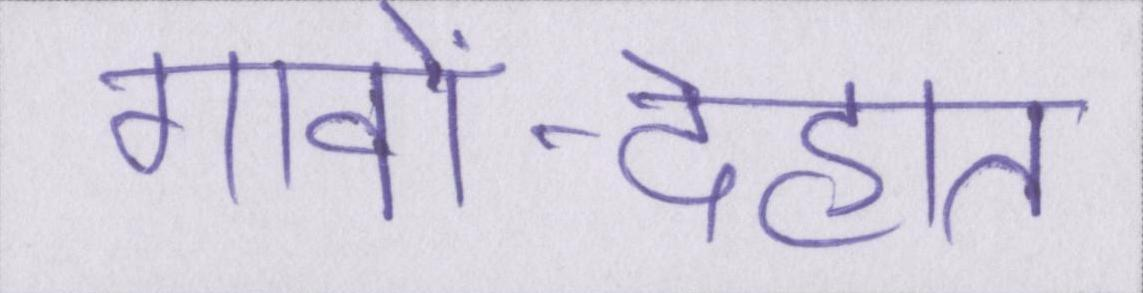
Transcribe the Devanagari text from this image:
गावों-देहात